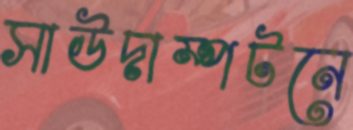
সাউদাম্পটনে